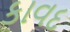
કાવદ